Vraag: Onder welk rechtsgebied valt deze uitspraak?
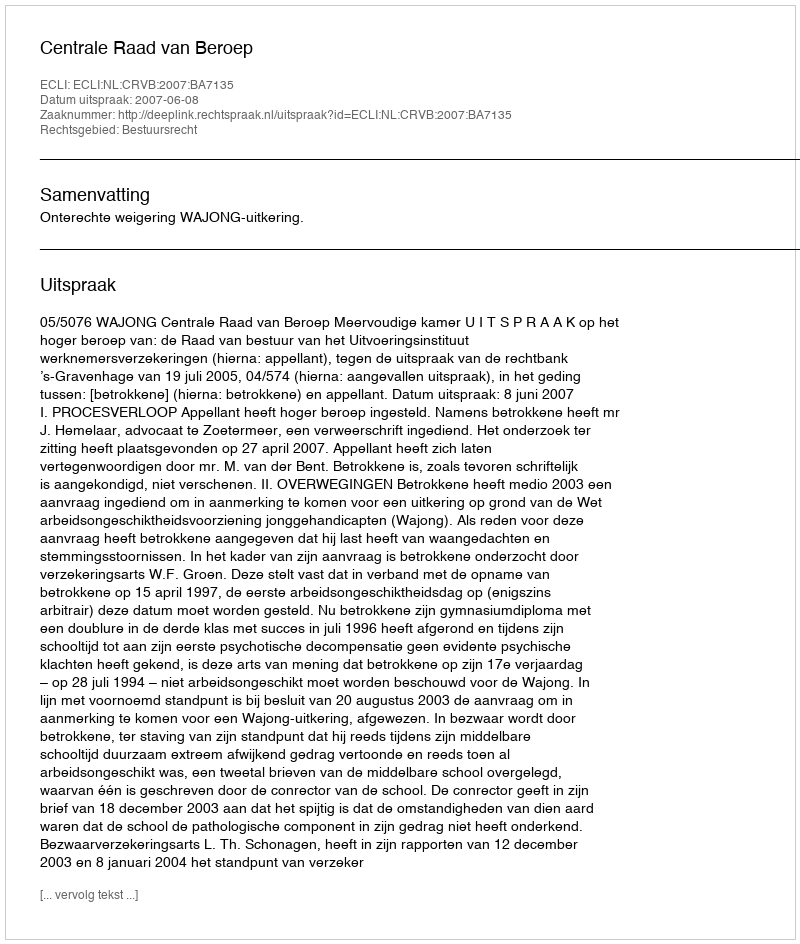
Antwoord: Bestuursrecht